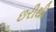
છરીથી